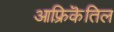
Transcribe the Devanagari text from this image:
आफ़्रिकॆतिल